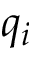
q _ { i }